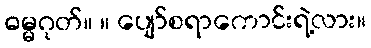
ဓမ္မဂုတ်။ ။ ပျော်စရာကောင်းရဲ့လား။